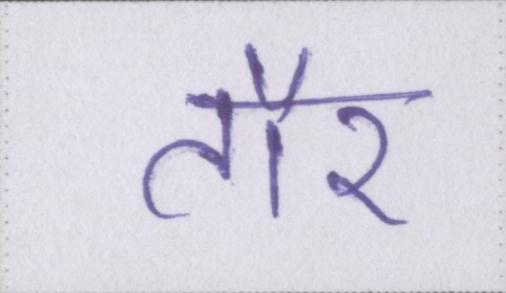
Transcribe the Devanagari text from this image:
तौर